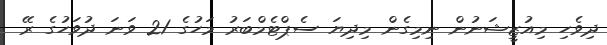
ދިވެހި މިއުޒީޝަނުން ނިމިގެން މިދިޔަ ސެޕްޓެމްބަރު މަހުގެ 21 ވަނަ ދުވަހުގެ ރޭ